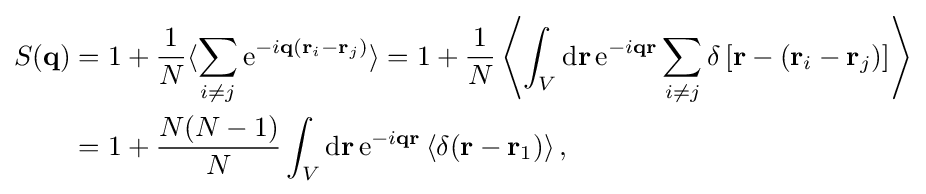
{\begin{aligned}S(\mathbf {q} )&=1+{\frac {1}{N}}\langle \sum _{i\neq j}\mathrm {e} ^{-i\mathbf {q} (\mathbf {r} _{i}-\mathbf {r} _{j})}\rangle =1+{\frac {1}{N}}\left\langle \int _{V}\mathrm {d} \mathbf {r} \,\mathrm {e} ^{-i\mathbf {q} \mathbf {r} }\sum _{i\neq j}\delta \left[\mathbf {r} -(\mathbf {r} _{i}-\mathbf {r} _{j})\right]\right\rangle \\&=1+{\frac {N(N-1)}{N}}\int _{V}\mathrm {d} \mathbf {r} \,\mathrm {e} ^{-i\mathbf {q} \mathbf {r} }\left\langle \delta (\mathbf {r} -\mathbf {r} _{1})\right\rangle ,\end{aligned}}